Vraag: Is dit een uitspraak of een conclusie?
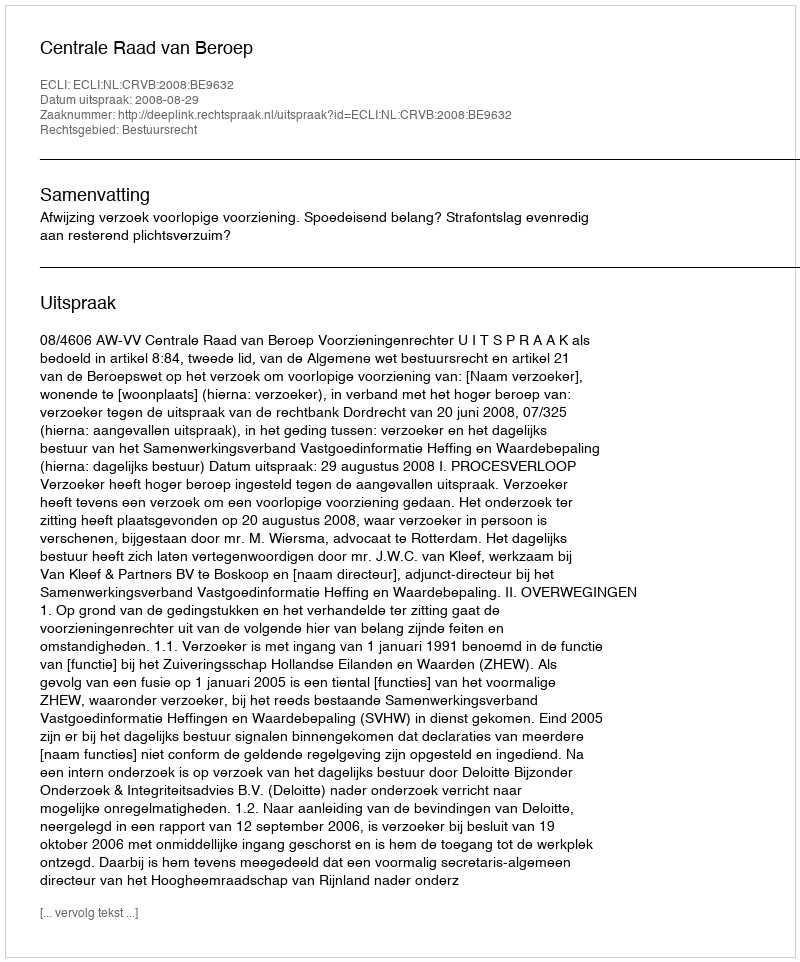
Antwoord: Uitspraak